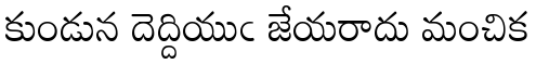
కుండున దెద్దియుఁ జేయరాదు మంచిక